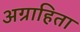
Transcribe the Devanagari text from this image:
अग्राहिता